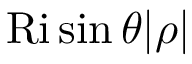
\mathrm { R i } \sin \theta | \rho |